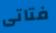
فتاتى